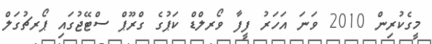
މީގެކުރިން 2010 ވަނަ އަހަރު ފީފާ ވޯރލްޑް ކަޕުގެ ގްރޫޕް ސްޓޭޖުގައި ޕޯރޗުގަލް